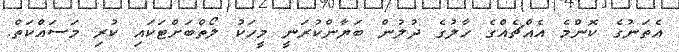
އެތަނުގެ ކޮންމެ އެއްޗެއްގެ ހާލުގެ ދުލުން ބަޔާންކުރަނީ މީހަކު ލޯތްބަށްޓަކައި ކުރި މަސައްކަތް.